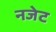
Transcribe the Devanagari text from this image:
नजेट